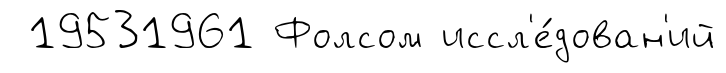
19531961 Фолсом иссл'е́дован'ий